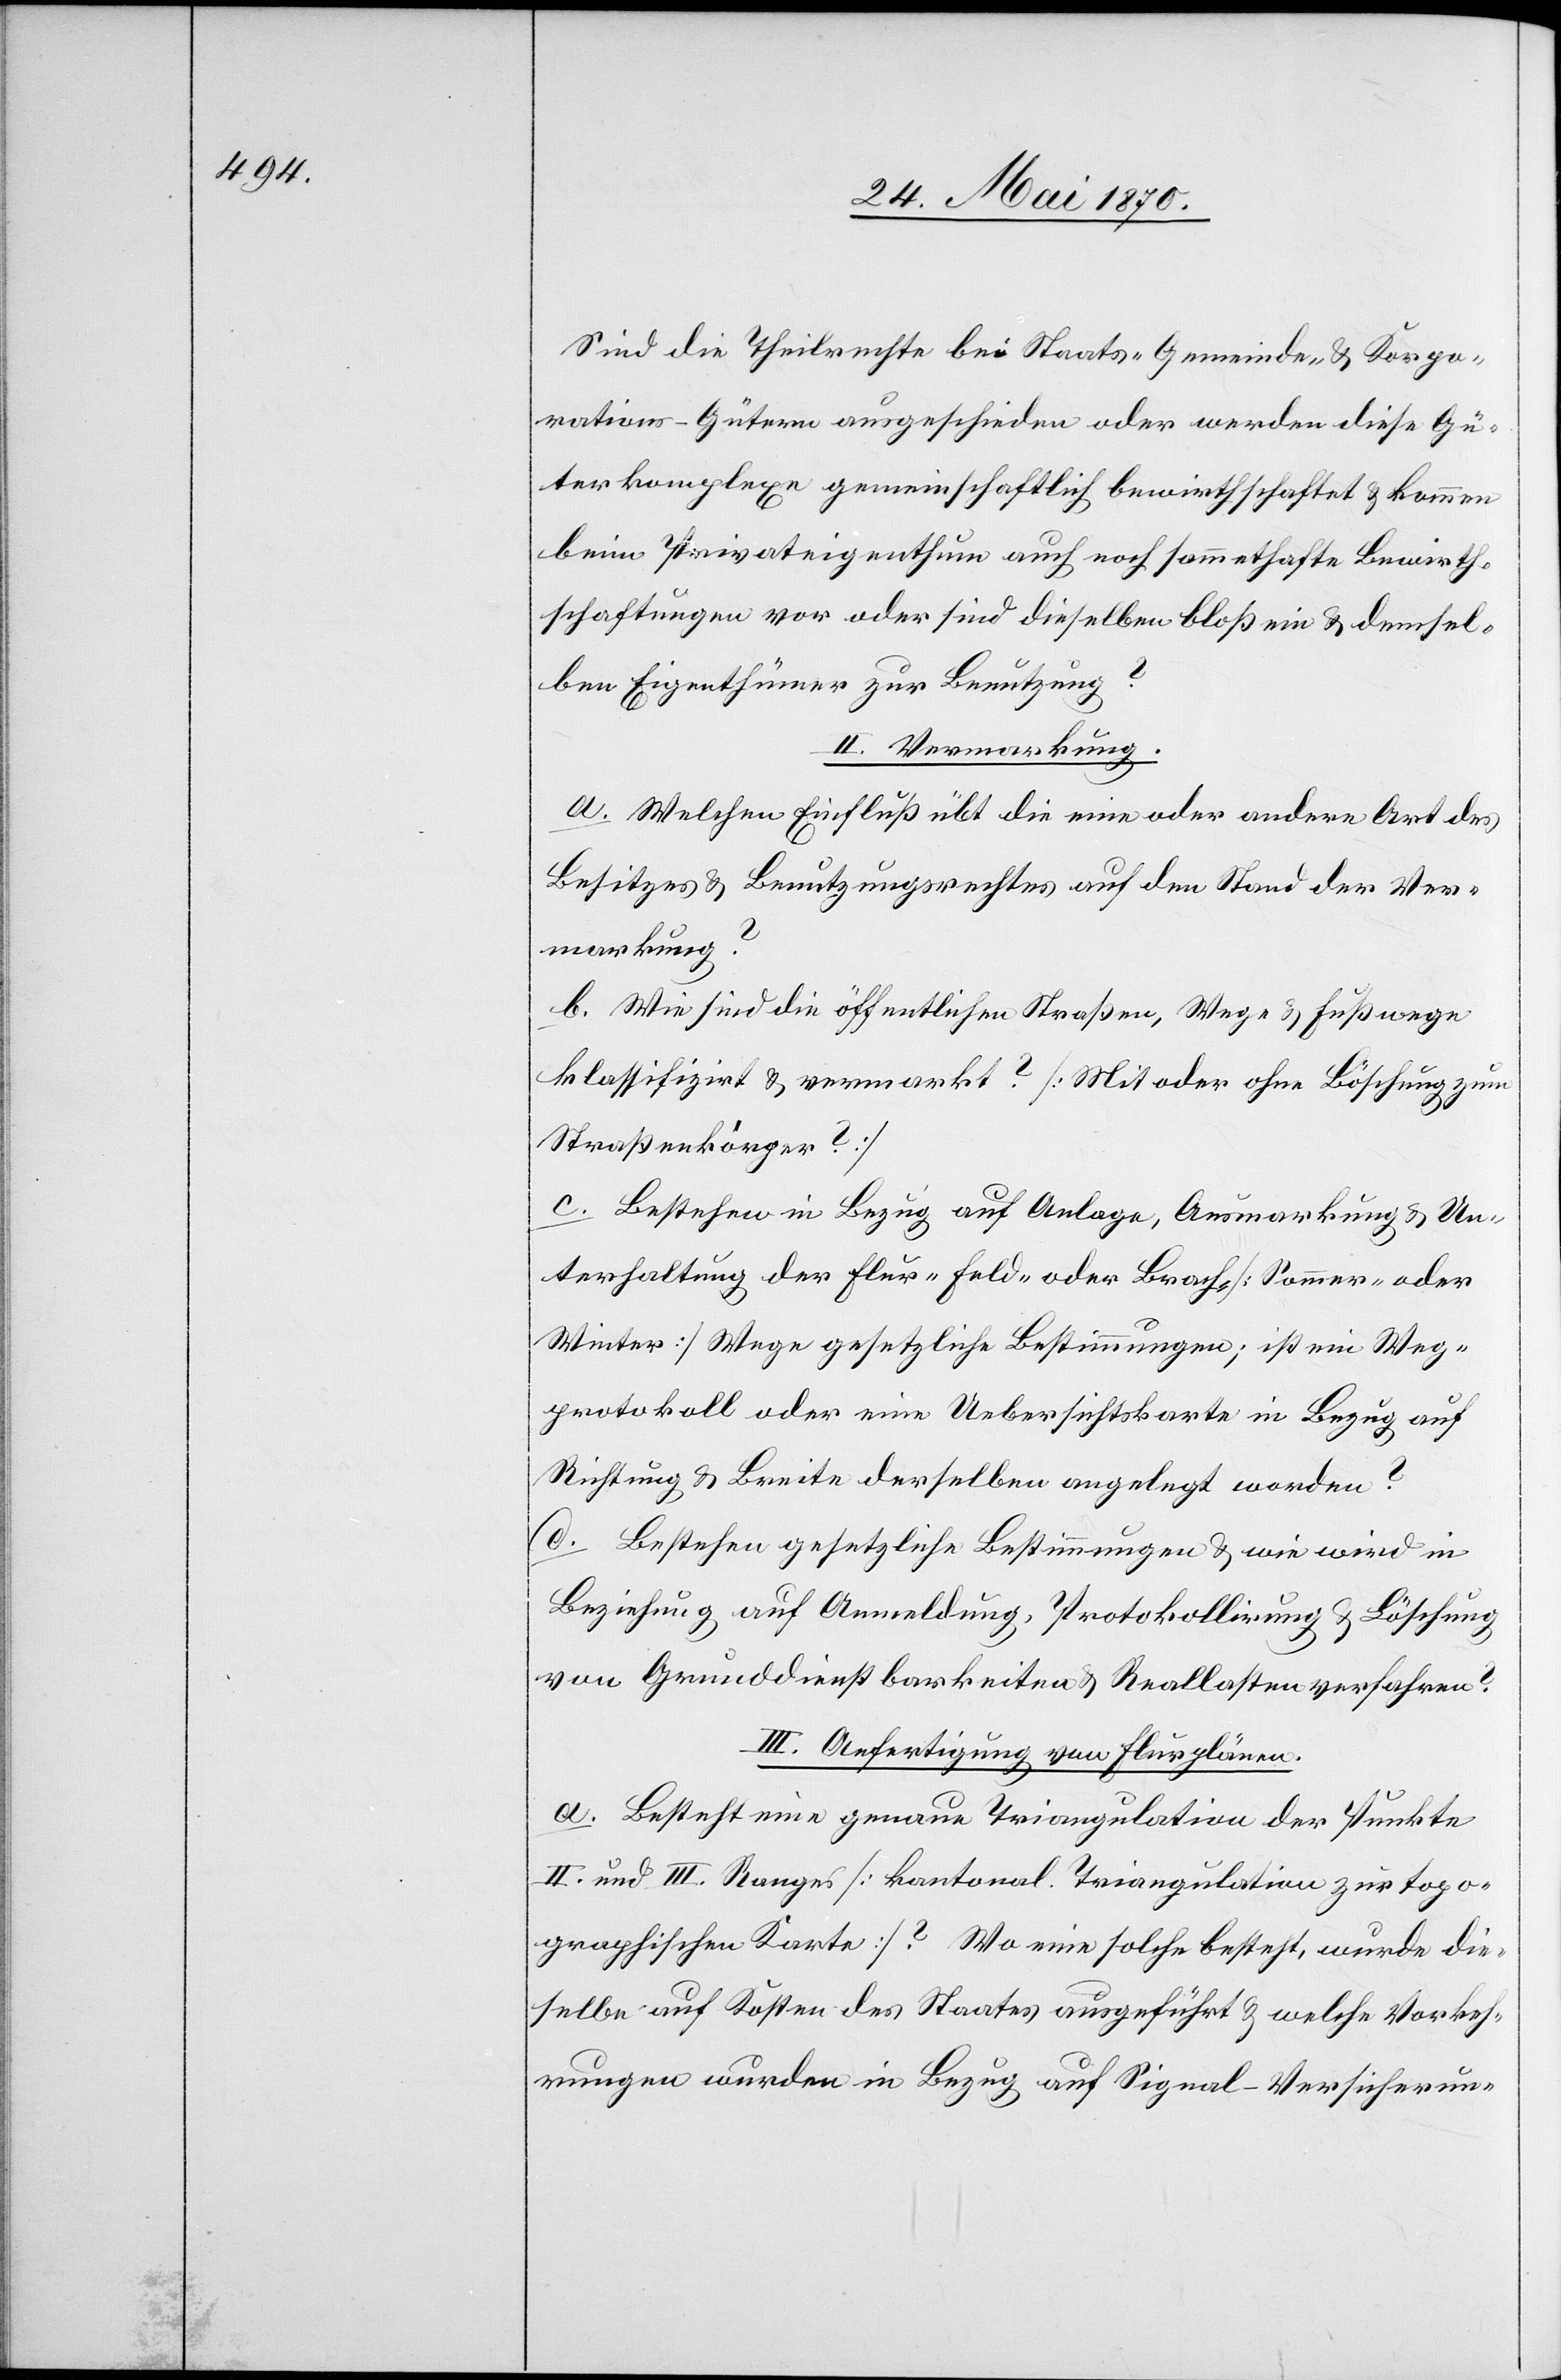
Sind die Theilrechte bei Staats- & Gemeinde- & Korpo¬
rations-Gütern ausgeschieden oder werden dies Gü¬
terkomplexe gemeinschaftlich bewirthschaftet & kommen
beim Privateigenthum auch noch sammethafte Bewirth¬
schaftungen vor oder sind dieselben bloß ein & demsel¬
ben Eigenthümer zur Benutzung?
II. Vermarkung.
a. Welchen Einfluß übt die eine oder andere Art des
Besitzes & Benutzungsrechtes auf den Stand der Ver¬
markung?
b. Wie sind die öffentlichen Straßen, Wege & Fußwege
klassifizirt & vermarkt? [Mit oder ohne Böschung zum
Straßenkörper?]
c. Bestehen in Bezug auf Anlage, Ausmarkung & Un¬
terhaltung der Flur-[,] Feld- oder Brach- [Sommer- oder
Winter] Wege gesetzliche Bestimmungen; ist ein Weg¬
protokoll oder eine Uebersichtskarte in Bezug auf
Richtung & Breite derselben angelegt worden?
d. Bestehen gesetzliche Bestimmungen & wie wird in
Beziehung auf Anmeldung, Protokollirung & Löschung
von Grunddienstbarkeiten & Reallasten verfahren?
III. Anfertigung von Flurplänen.
a. Besteht eine genaue Triangulation der Punkte
II. und III. Ranges [kantonal. Triangulation zur topo¬
graphischen Karte]? Wo eine solche besteht, wurde die¬
selbe auf Kosten des Staates ausgeführt & welche Vorkeh¬
rungen wurden in Bezug auf Signal-Versicherun-